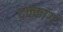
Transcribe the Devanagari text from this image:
दक्कांग